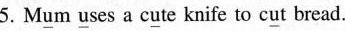
5.M\underline{u}m \underline{u}ses a c\underline{u}te knife to c\underline{u}t bread.